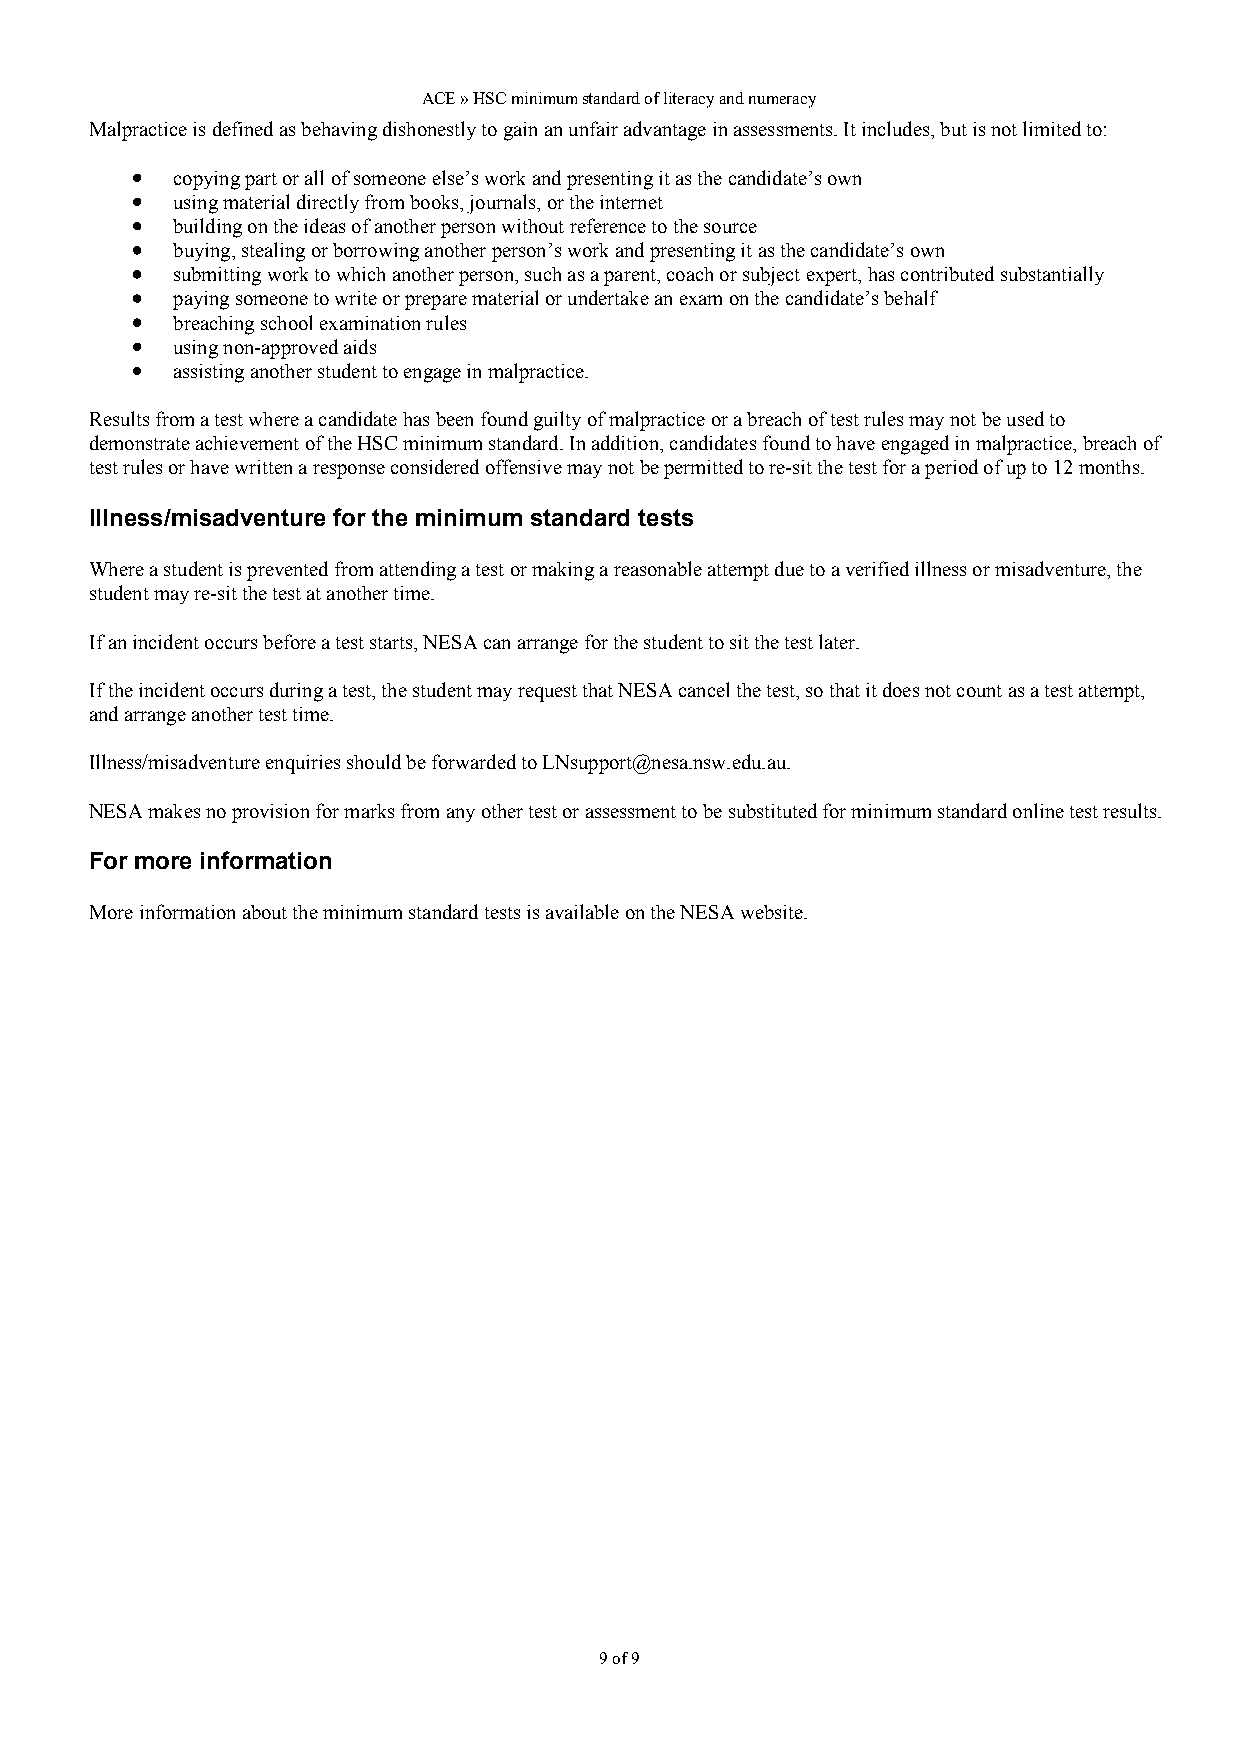
ACE » HSC minimum standard of literacy and numeracy
 Malpractice is defined as behaving dishonestly to gain an unfair advantage in assessments. It includes, but is not limited to:
 copying part or all of someone else’s work and presenting it as the candidate’s own
 using material directly from books, journals, or the internet
 building on the ideas of another person without reference to the source
 buying, stealing or borrowing another person’s work and presenting it as the candidate’s own
 submitting work to which another person, such as a parent, coach or subject expert, has contributed substantially
 paying someone to write or prepare material or undertake an exam on the candidate’s behalf
 breaching school examination rules
 using non-approved aids
 assisting another student to engage in malpractice.
 Results from a test where a candidate has been found guilty of malpractice or a breach of test rules may not be used to
 demonstrate achievement of the HSC minimum standard. In addition, candidates found to have engaged in malpractice, breach of
 test rules or have written a response considered offensive may not be permitted to re-sit the test for a period of up to 12 months.
 Illness/misadventure for the minimum standard tests
 Where a student is prevented from attending a test or making a reasonable attempt due to a verified illness or misadventure, the
 student may re-sit the test at another time.
 If an incident occurs before a test starts, NESA can arrange for the student to sit the test later.
 If the incident occurs during a test, the student may request that NESA cancel the test, so that it does not count as a test attempt,
 and arrange another test time.
 Illness/misadventure enquiries should be forwarded to LNsupport@nesa.nsw.edu.au.
 NESA makes no provision for marks from any other test or assessment to be substituted for minimum standard online test results.
 For more information
 More information about the minimum standard tests is available on the NESA website.
 9 of 9